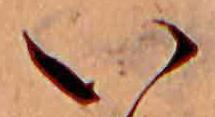
い